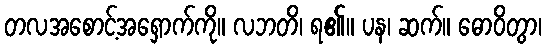
တလအစောင့်အရှောက်ကို။ လဘတိ၊ ရ၏။ ပန၊ ဆက်။ ဓောဝိတွာ၊